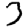
Digit: 3